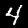
Digit: 4